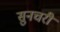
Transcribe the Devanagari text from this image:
सुनचरी